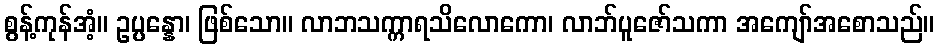
စွန့်ကုန်အံ့။ ဥပ္ပန္နော၊ ဖြစ်သော။ လာဘသက္ကာရသိလောကော၊ လာဘ်ပူဇော်သကာ အကျော်အစောသည်။